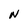
Character: N